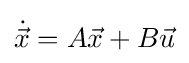
{\dot {\vec {x}}}=A{\vec {x}}+B{\vec {u}}